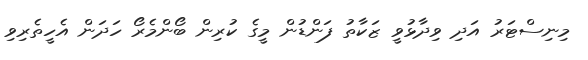
މިނިސްޓަރު އަދި ވިދާޅުވީ ޒަކާތު ފަންޑުން މީގެ ކުރިން ބޯންމެރޯ ހަދަން އެހީތެރިވި